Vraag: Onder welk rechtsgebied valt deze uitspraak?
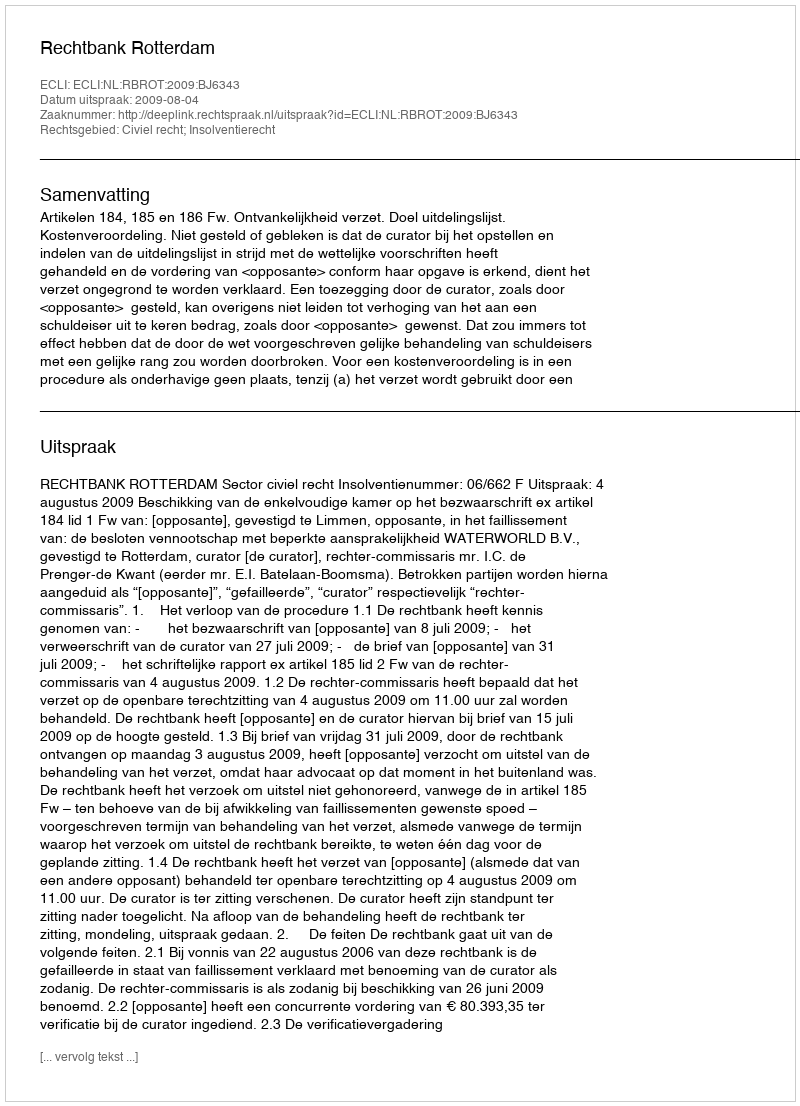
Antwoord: Civiel recht; Insolventierecht